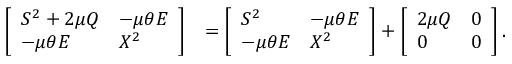
\begin{array} { r l } { \left[ \begin{array} { l l } { S ^ { 2 } + 2 \mu Q } & { - \mu \theta E } \\ { - \mu \theta E } & { X ^ { 2 } } \end{array} \right] } & { = \left[ \begin{array} { l l } { S ^ { 2 } } & { - \mu \theta E } \\ { - \mu \theta E } & { X ^ { 2 } } \end{array} \right] + \left[ \begin{array} { l l } { 2 \mu Q } & { 0 } \\ { 0 } & { 0 } \end{array} \right] . } \end{array}